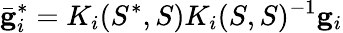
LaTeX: \bar{\mathbf{g}}_{i}^{*}=K_{i}(S^{*},S)K_{i}(S,S)^{-1}\mathbf{g}_{i}